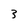
Character: 3